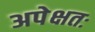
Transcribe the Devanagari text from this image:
अपेक्षतः